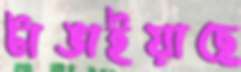
টাঙাইয়াছে